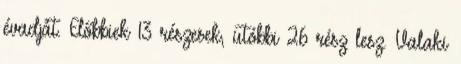
évadját. Előbbiek 13 részesek, utóbbi 26 rész lesz. Valaki